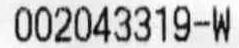
002043319-W